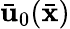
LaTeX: \bar{\mathbf u}_{0}(\bar{\mathbf x})